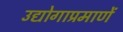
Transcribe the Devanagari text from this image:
उद्योगाप्रमाणें